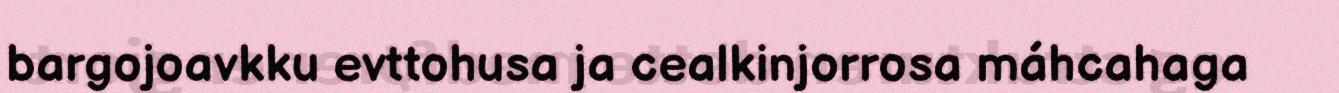
bargojoavkku evttohusa ja cealkinjorrosa máhcahaga